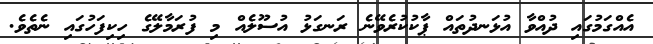
އެއްގަމުގައި ދުއްވާ އުޅަނދުތައް ޕާކުކުރެވޭނެ ރަނގަޅު އުސޫލެއް މި ފުރަމާލޭގެ ހިކިފަހުގައި ނެތެވެ.